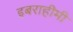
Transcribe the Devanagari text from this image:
इबराहीमी